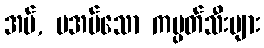
အပ်, မအပ်သော ကမ္ပတ်သီးများ